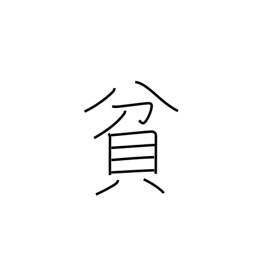
Meaning: poor